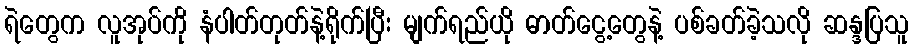
ရဲတွေက လူအုပ်ကို နံပါတ်တုတ်နဲ့ရိုက်ပြီး မျက်ရည်ယို ဓာတ်ငွေ့တွေနဲ့ ပစ်ခတ်ခဲ့သလို ဆန္ဒပြသူ